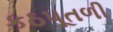
કઠપૂતળી